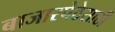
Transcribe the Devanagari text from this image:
बाजारपेठेसाठी